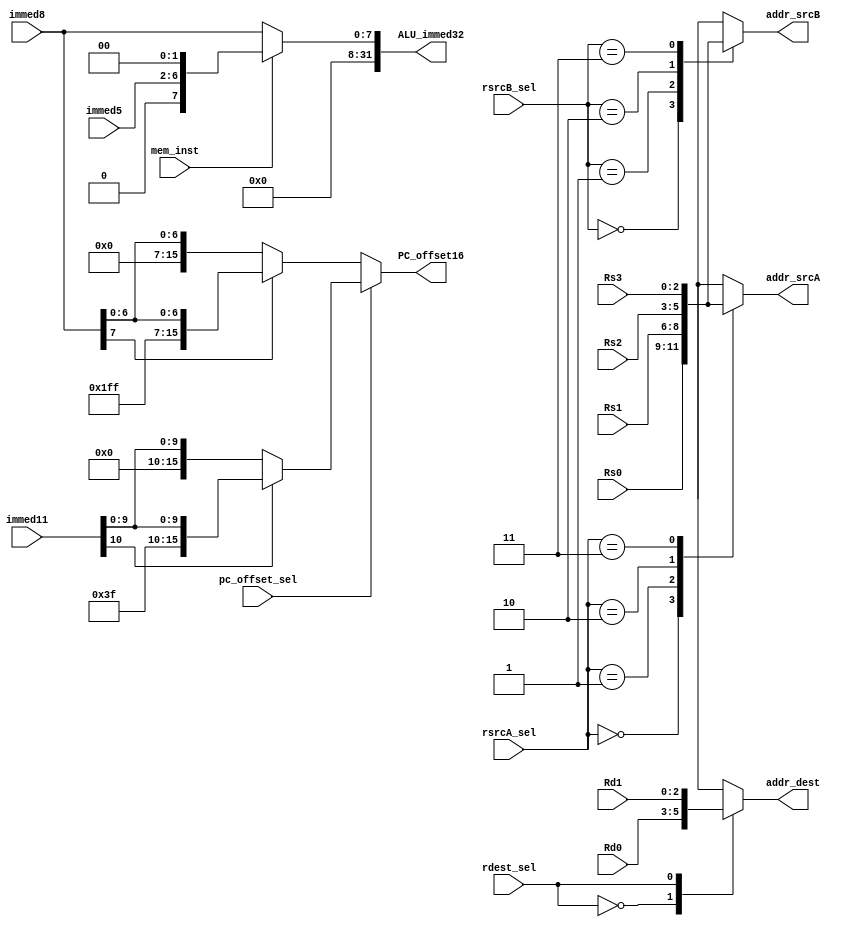
module control_mux (
    input      [4:0]  immed5,
    input      [7:0]  immed8,
    input      [10:0] immed11,
    input             mem_inst,
    input             pc_offset_sel,
    input             rdest_sel,
    input      [1:0]  rsrcA_sel,
    input      [1:0]  rsrcB_sel,
    input      [2:0]  Rd0,
    input      [2:0]  Rd1,
    input      [2:0]  Rs0,
    input      [2:0]  Rs1,
    input      [2:0]  Rs2,
    input      [2:0]  Rs3,

    output reg [2:0]  addr_srcA,
    output reg [2:0]  addr_srcB,
    output reg [2:0]  addr_dest,
    output reg [31:0] ALU_immed32,
    output reg [15:0] PC_offset16
);

    /* Selects addr_srcA */
    always @(*)
        begin
            case (rsrcA_sel)
                2'b00:
                    begin
                        addr_srcA = Rs0;
                    end
                2'b01:
                    begin
                        addr_srcA = Rs1;
                    end
                2'b10:
                    begin
                        addr_srcA = Rs2;
                    end
                2'b11:
                    begin
                        addr_srcA = Rs3;
                    end
                default:
                    begin
                        addr_srcA = Rs0;
                    end
            endcase
        end

    /* Selects addr_srcB */
    always @(*)
        begin
            case (rsrcB_sel)
                2'b00:
                    begin
                        addr_srcB = Rs0;
                    end
                2'b01:
                    begin
                        addr_srcB = Rs1;
                    end
                2'b10:
                    begin
                        addr_srcB = Rs2;
                    end
                2'b11:
                    begin
                        addr_srcB = Rs3;
                    end
                default:
                    begin
                        addr_srcB = Rs0;
                    end
            endcase
        end

    /* Selects addr_dest */
    always @(*)
        begin
            case (rdest_sel)
                1'b0:
                    begin
                        addr_dest = Rd0;
                    end
                1'b1:
                    begin
                        addr_dest = Rd1;
                    end
                default:
                    begin
                        addr_dest = Rd0;
                    end
            endcase
        end

    /* Extends ALU_immed32 to zeros.
       mem_inst selectes what would be extended for. */
    always @(*)
        begin
            if (mem_inst == 1'b1)
                begin
                    ALU_immed32 = {25'd0, immed5, 2'd0};
                end
            else
                begin
                    ALU_immed32 = {24'd0, immed8};
                end
        end

    /* Extends PC_offset16 to sign bits.
       pc_offset_sel selects what would be extends for. */
    always @(*)
        begin
            if (pc_offset_sel == 1'b1)
                begin
                    if (immed11[10] == 1'b1)
                        begin
                            PC_offset16 = {5'b11111, immed11};
                        end
                    else
                        begin
                            PC_offset16 = {5'b00000, immed11};
                        end
                end
            else
                begin
                    if (immed8[7] == 1'b1)
                        begin
                            PC_offset16 = {8'b1111_1111, immed8};
                        end
                    else
                        begin
                            PC_offset16 = {8'b0000_0000, immed8};
                        end
                end
        end

endmodule